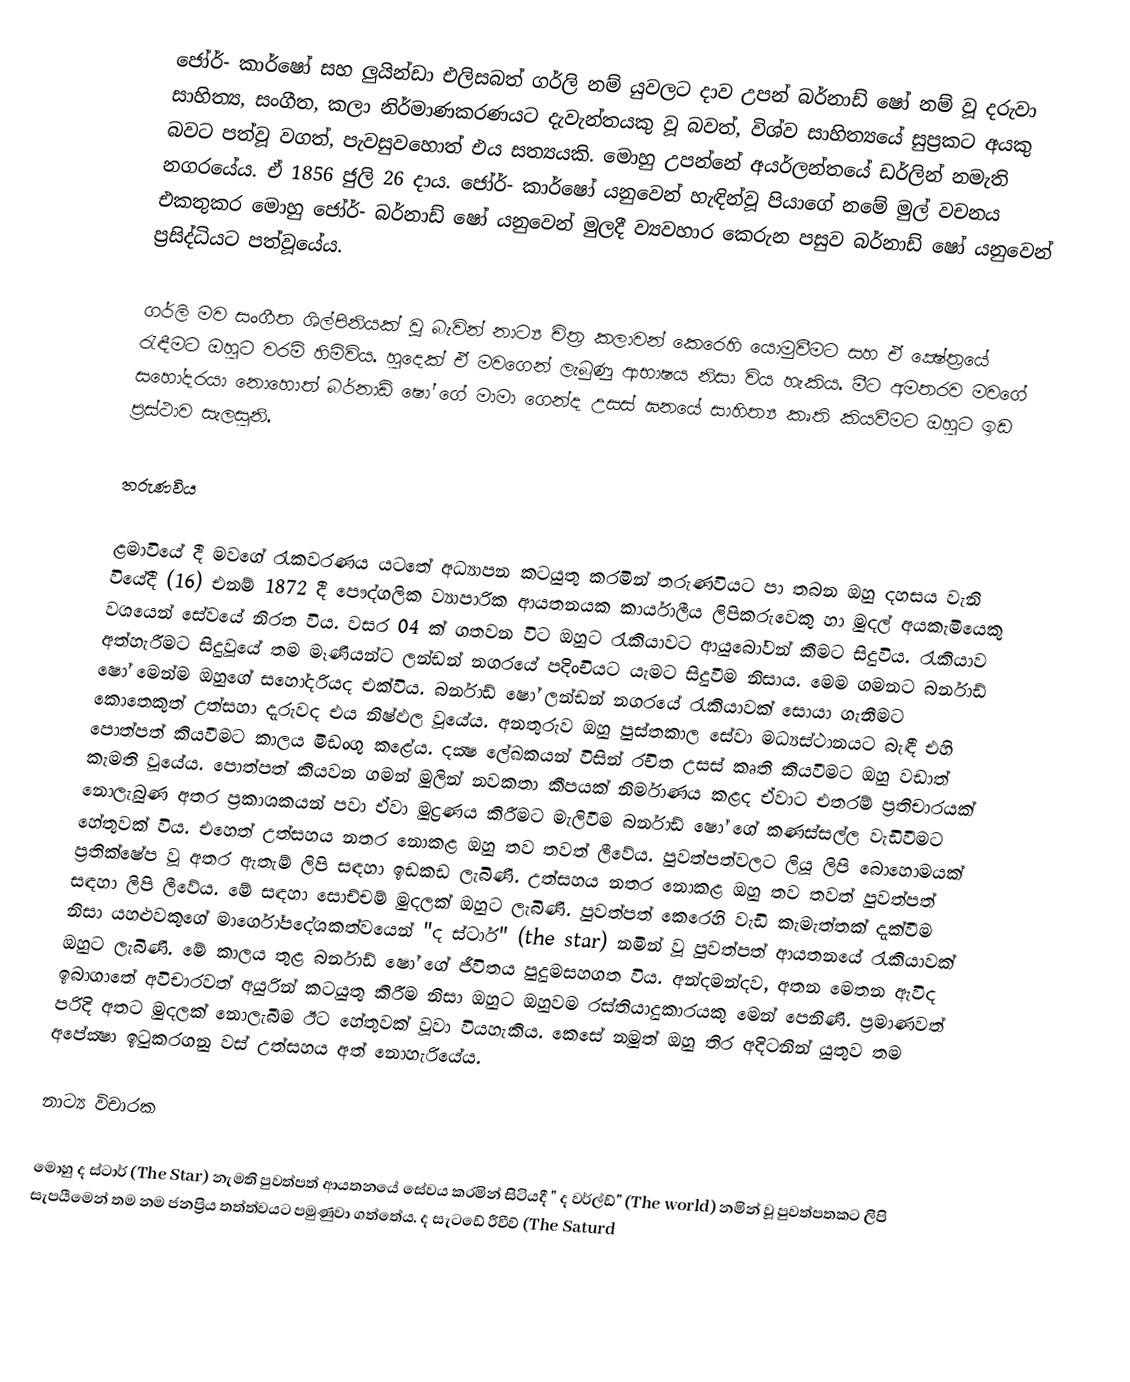
ජෝර්- කාර්ෂෝ සහ ලුයින්ඩා එලිසබත් ගර්ලි නම් යුවලට දාව උපන් බර්නාඩ් ෂෝ නම් වූ දරුවා සාහිත්‍ය, සංගීත, කලා නිර්මාණකරණයට දැවැන්තයකු වූ බවත්, විශ්ව සාහිත්‍යයේ සුප්‍රකට අයකු බවට පත්වූ වගත්, පැවසුවහොත් එය සත්‍යයකි. මොහු උපන්නේ අයර්ලන්තයේ ඩර්ලින් නමැති නගරයේය. ඒ 1856 ජුලි 26 දාය. ජෝර්- කාර්ෂෝ යනුවෙන් හැඳින්වූ පියාගේ නමේ මුල් වචනය එකතුකර මොහු ජෝර්- බර්නාඩ් ෂෝ යනුවෙන් මුලදී ව්‍යවහාර කෙරුන පසුව බර්නාඩ් ෂෝ යනුවෙන් ප්‍රසිද්ධියට පත්වූයේය.

ගර්ලි මව සංගීත ශිල්පිනියක්‌ වූ බැවින් නාට්‍ය චිත්‍ර කලාවන් කෙරෙහි යොමුවීමට සහ ඒ ක්‍ෂේත්‍රයේ රැඳීමට ඔහුට වරම් හිමිවිය. හුදෙක්‌ ඒ මවගෙන් ලැබුණු ආභාෂය නිසා විය හැකිය. මීට අමතරව මවගේ සහෝදරයා නොහොත් බර්නාඩ් ෂෝ ගේ මාමා ගෙන්ද උසස්‌ ඝනයේ සාහිත්‍ය කෘති කියවීමට ඔහුට ඉඩ ප්‍රස්‌ථාව සැලසුනි.

තරුණවිය

ළමාවියේ දී මවගේ රැකවරණය යටතේ අධ්‍යාපන කටයුතු කරමින් තරුණවියට පා තබන ඔහු දහසය වැනි වියේදී (16) එනම් 1872 දී පෞද්ගලික ව්‍යාපාරික ආයතනයක කාර්යාලීය ලිපිකරුවෙකු හා මුදල් අයකැමියෙකු වශයෙන් සේවයේ නිරත විය. වසර 04 ක්‌ ගතවන විට ඔහුට රැකියාවට ආයුබෝවන් කීමට සිදුවිය. රැකියාව අත්හැරීමට සිදුවූයේ තම මෑණියන්ට ලන්ඩන් නගරයේ පදිංචියට යැමට සිදුවීම නිසාය. මෙම ගමනට බර්නාඩ් ෂෝ මෙන්ම ඔහුගේ සහෝදරියද එක්‌විය. බර්නාඩ් ෂෝ ලන්ඩන් නගරයේ රැකියාවක්‌ සොයා ගැනීමට කොතෙකුත් උත්සහා දැරුවද එය නිෂ්ඵල වූයේය. අනතුරුව ඔහු පුස්‌තකාල සේවා මධ්‍යස්‌ථානයට බැඳී එහි පොත්පත් කියවීමට කාලය මිඩංගු කළේය. දක්‍ෂ ලේඛකයන් විසින් රචිත උසස්‌ කෘති කියවීමට ඔහු වඩාත් කැමති වූයේය. පොත්පත් කියවන ගමන් මුලින් නවකතා කීපයක්‌ නිර්මාණය කළද ඒවාට එතරම් ප්‍රතිචාරයක්‌ නොලැබුණ අතර ප්‍රකාශකයන් පවා ඒවා මුද්‍රණය කිරීමට මැලිවීම බර්නාඩ් ෂෝ ගේ කණස්‌සල්ල වැඩිවීමට හේතුවක්‌ විය. එහෙත් උත්සහය නතර නොකළ ඔහු තව තවත් ලීවේය. පුවත්පත්වලට ලියූ ලිපි බොහොමයක්‌ ප්‍රතික්ෂේප වූ අතර ඇතැම් ලිපි සඳහා ඉඩකඩ ලැබිණි. උත්සහය නතර නොකළ ඔහු තව තවත් පුවත්පත් සඳහා ලිපි ලීවේය. මේ සඳහා සොච්චම් මුදලක්‌ ඔහුට ලැබිණි. පුවත්පත් කෙරෙහි වැඩි කැමැත්තක්‌ දැක්‌වීම නිසා යහළුවකුගේ මාර්ගෝපදේශකත්වයෙන් "ද ස්‌ටාර්" (the star) නමින් වූ පුවත්පත් ආයතනයේ රැකියාවක්‌ ඔහුට ලැබිණි. මේ කාලය තුළ බර්නාඩ් ෂෝ ගේ ජීවිතය පුදුමසහගත විය. අන්දමන්දව, අතන මෙතන ඇවිද ඉබාගාතේ අවිචාරවත් අයුරින් කටයුතු කිරීම නිසා ඔහුට ඔහුවම රස්‌තියාදුකාරයකු මෙන් පෙනිණි. ප්‍රමාණවත් පරිදි අතට මුදලක්‌ නොලැබීම ඊට හේතුවක්‌ වූවා වියහැකිය. කෙසේ නමුත් ඔහු තිර අදිටනින් යුතුව තම අපේක්‍ෂා ඉටුකරගනු වස්‌ උත්සහය අත් නොහැරියේය.

නාට්‍ය විචාරක

මොහු ද ස්‌ටාර් (The Star) නැමති පුවත්පත් ආයතනයේ සේවය කරමින් සිටියදී " ද වර්ල්ඩ්" (The world) නමින් වූ පුවත්පතකට ලිපි සැපයීමෙන් තම නම ජනප්‍රිය තත්ත්වයට පමුණුවා ගත්තේය. ද සැටඩේ රීවීව් (The Saturd